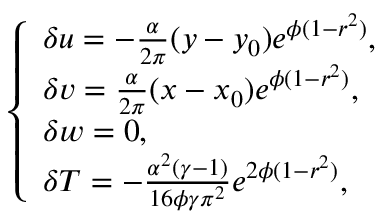
\left\{ \begin{array} { l l } { \delta u = - \frac { \alpha } { 2 \pi } ( y - y _ { 0 } ) e ^ { \phi ( 1 - r ^ { 2 } ) } , } \\ { \delta v = \frac { \alpha } { 2 \pi } ( x - x _ { 0 } ) e ^ { \phi ( 1 - r ^ { 2 } ) } , } \\ { \delta w = 0 , } \\ { \delta T = - \frac { \alpha ^ { 2 } ( \gamma - 1 ) } { 1 6 \phi \gamma \pi ^ { 2 } } e ^ { 2 \phi ( 1 - r ^ { 2 } ) } , } \end{array} \right.